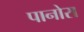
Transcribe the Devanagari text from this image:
पानोरा